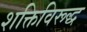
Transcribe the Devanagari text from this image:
शक्तिविरूद्ध